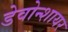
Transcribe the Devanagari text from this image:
डेवोन्शायर